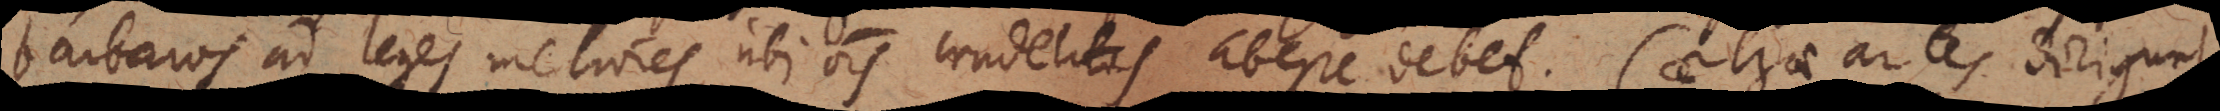
barbaros ad leges meliores, ubi omnis crudelitas abesse debet. Caeterae artes diriguntur